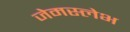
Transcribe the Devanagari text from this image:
जेमस्लेभ